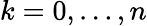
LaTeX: k=0,\dotsc,n